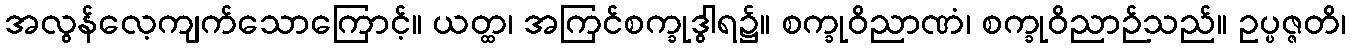
အလွန်လေ့ကျက်သောကြောင့်။ ယတ္ထ၊ အကြင်စက္ခုဒွါရ၌။ စက္ခုဝိညာဏံ၊ စက္ခုဝိညာဉ်သည်။ ဥပ္ပဇ္ဇတိ၊